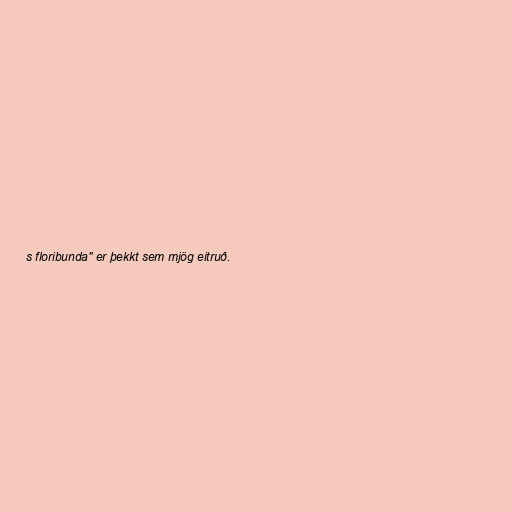
s floribunda" er þekkt sem mjög eitruð.